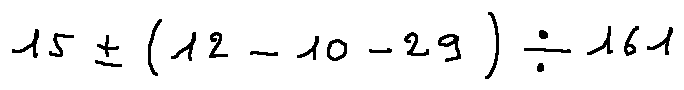
1 5 \pm ( 1 2 - 1 0 - 2 9 ) \div 1 6 1